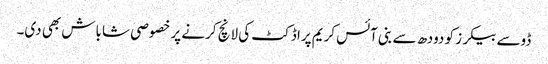
ڈوسے بیکرز کو دودھ سے بنی آئس کریم پراڈکٹ کی لانچ کرنے پر خصوصی شاباش بھی دی۔